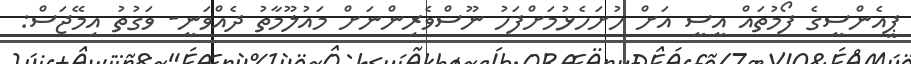
ޕީއެންސީގެ ފޯމުތައް އީސީ އަށް ހުށަހެޅުމަށްފަހު ނޫސްވެރިންނަށް މައުލޫމާތު ދެއްވަނީ- ވަގުތު އިމޭޖަސް: